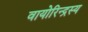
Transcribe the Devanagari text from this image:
वायोरिन्द्रस्य